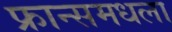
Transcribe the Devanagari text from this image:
फ्रान्समधला